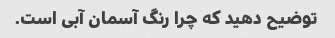
توضیح دهید که چرا رنگ آسمان آبی است.